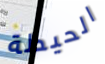
الحيطة